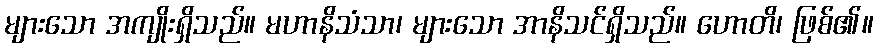
များသော အကျိုးရှိသည်။ မဟာနိသံသာ၊ များသော အာနိသင်ရှိသည်။ ဟောတိ၊ ဖြစ်၏။